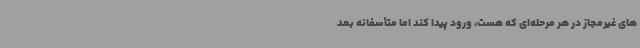
های غیرمجاز در هر مرحله‌ای که هست، ورود پیدا کند اما متأسفانه بعد